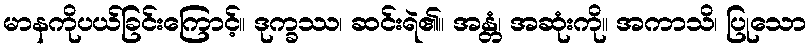
မာနကိုပယ်ခြင်းကြောင့်။ ဒုက္ခဿ၊ ဆင်းရဲ၏။ အန္တံ၊ အဆုံးကို။ အကာသိ၊ ပြုသော